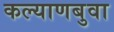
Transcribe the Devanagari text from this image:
कल्याणबुवा